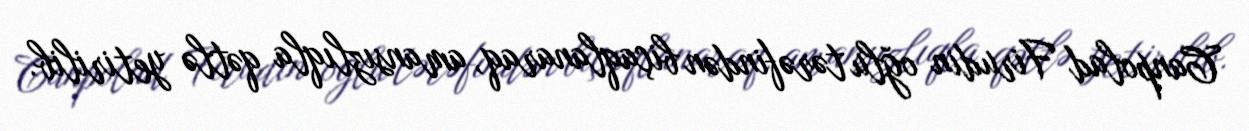
Canpolad Firudin oğlu tərəfindən biçaqlanaraq, amansızlıqla qətlə yetirilib.